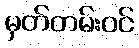
မှတ်တမ်းဝင်